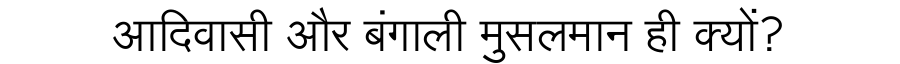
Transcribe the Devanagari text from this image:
आदिवासी और बंगाली मुसलमान ही क्यों?